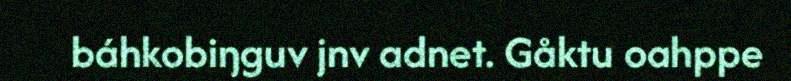
báhkobiŋguv jnv adnet. Gåktu oahppe